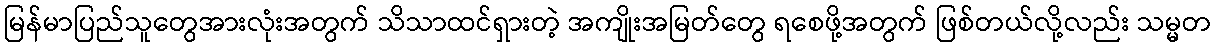
မြန်မာပြည်သူတွေအားလုံးအတွက် သိသာထင်ရှားတဲ့ အကျိုးအမြတ်တွေ ရစေဖို့အတွက် ဖြစ်တယ်လို့လည်း သမ္မတ